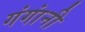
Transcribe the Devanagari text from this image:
गंगांनी